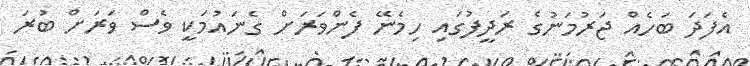
އެފަދަ ބަހެއް ޖަރުމަނުގެ ރަދީފުގައި ހިމެނޭ ފެންވަރަށް ގެނައުމަކީ ވެސް ވަރަށް ބުރަ